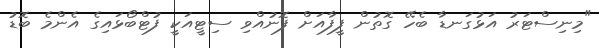
"މިނިސްޓަރު އަޅުގަނޑާ ބެހޭ ގޮތުން ފީފާއަށް ފޮނުއްވި ސިޓީއަކީ ފުޓްބޯޅައިގެ އެންމެ ބޮޑު